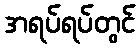
အရပ်ရပ်တွင်